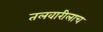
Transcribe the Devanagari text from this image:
तलवारीलाच